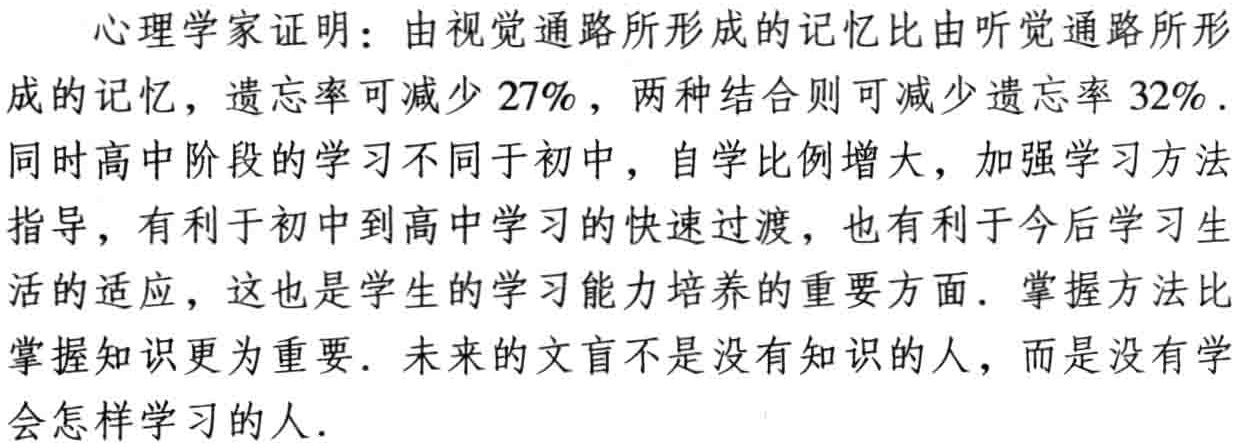
心理学家证明：由视觉通路所形成的记忆比由听觉通路所形成的记忆，遗忘率可减少 \(27\%\)，两种结合则可减少遗忘率 \(32\%\). 同时高中阶段的学习不同于初中，自学比例增大，加强学习方法指导，有利于初中到高中学习的快速过渡，也有利于今后学习生活的适应，这也是学生的学习能力培养的重要方面. 掌握方法比掌握知识更为重要. 未来的文盲不是没有知识的人，而是没有学会怎样学习的人.